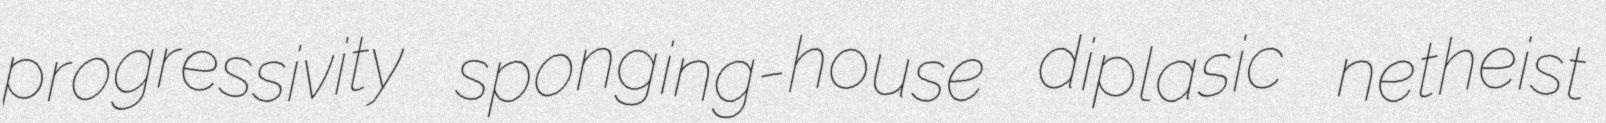
progressivity sponging-house diplasic netheist